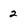
Character: 2